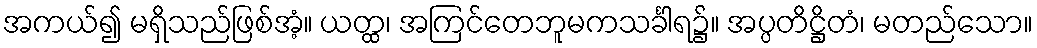
အကယ်၍ မရှိသည်ဖြစ်အံ့။ ယတ္ထ၊ အကြင်တေဘူမကသင်္ခါရ၌။ အပ္ပတိဋ္ဌိတံ၊ မတည်သော။